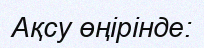
Ақсу өңірінде: